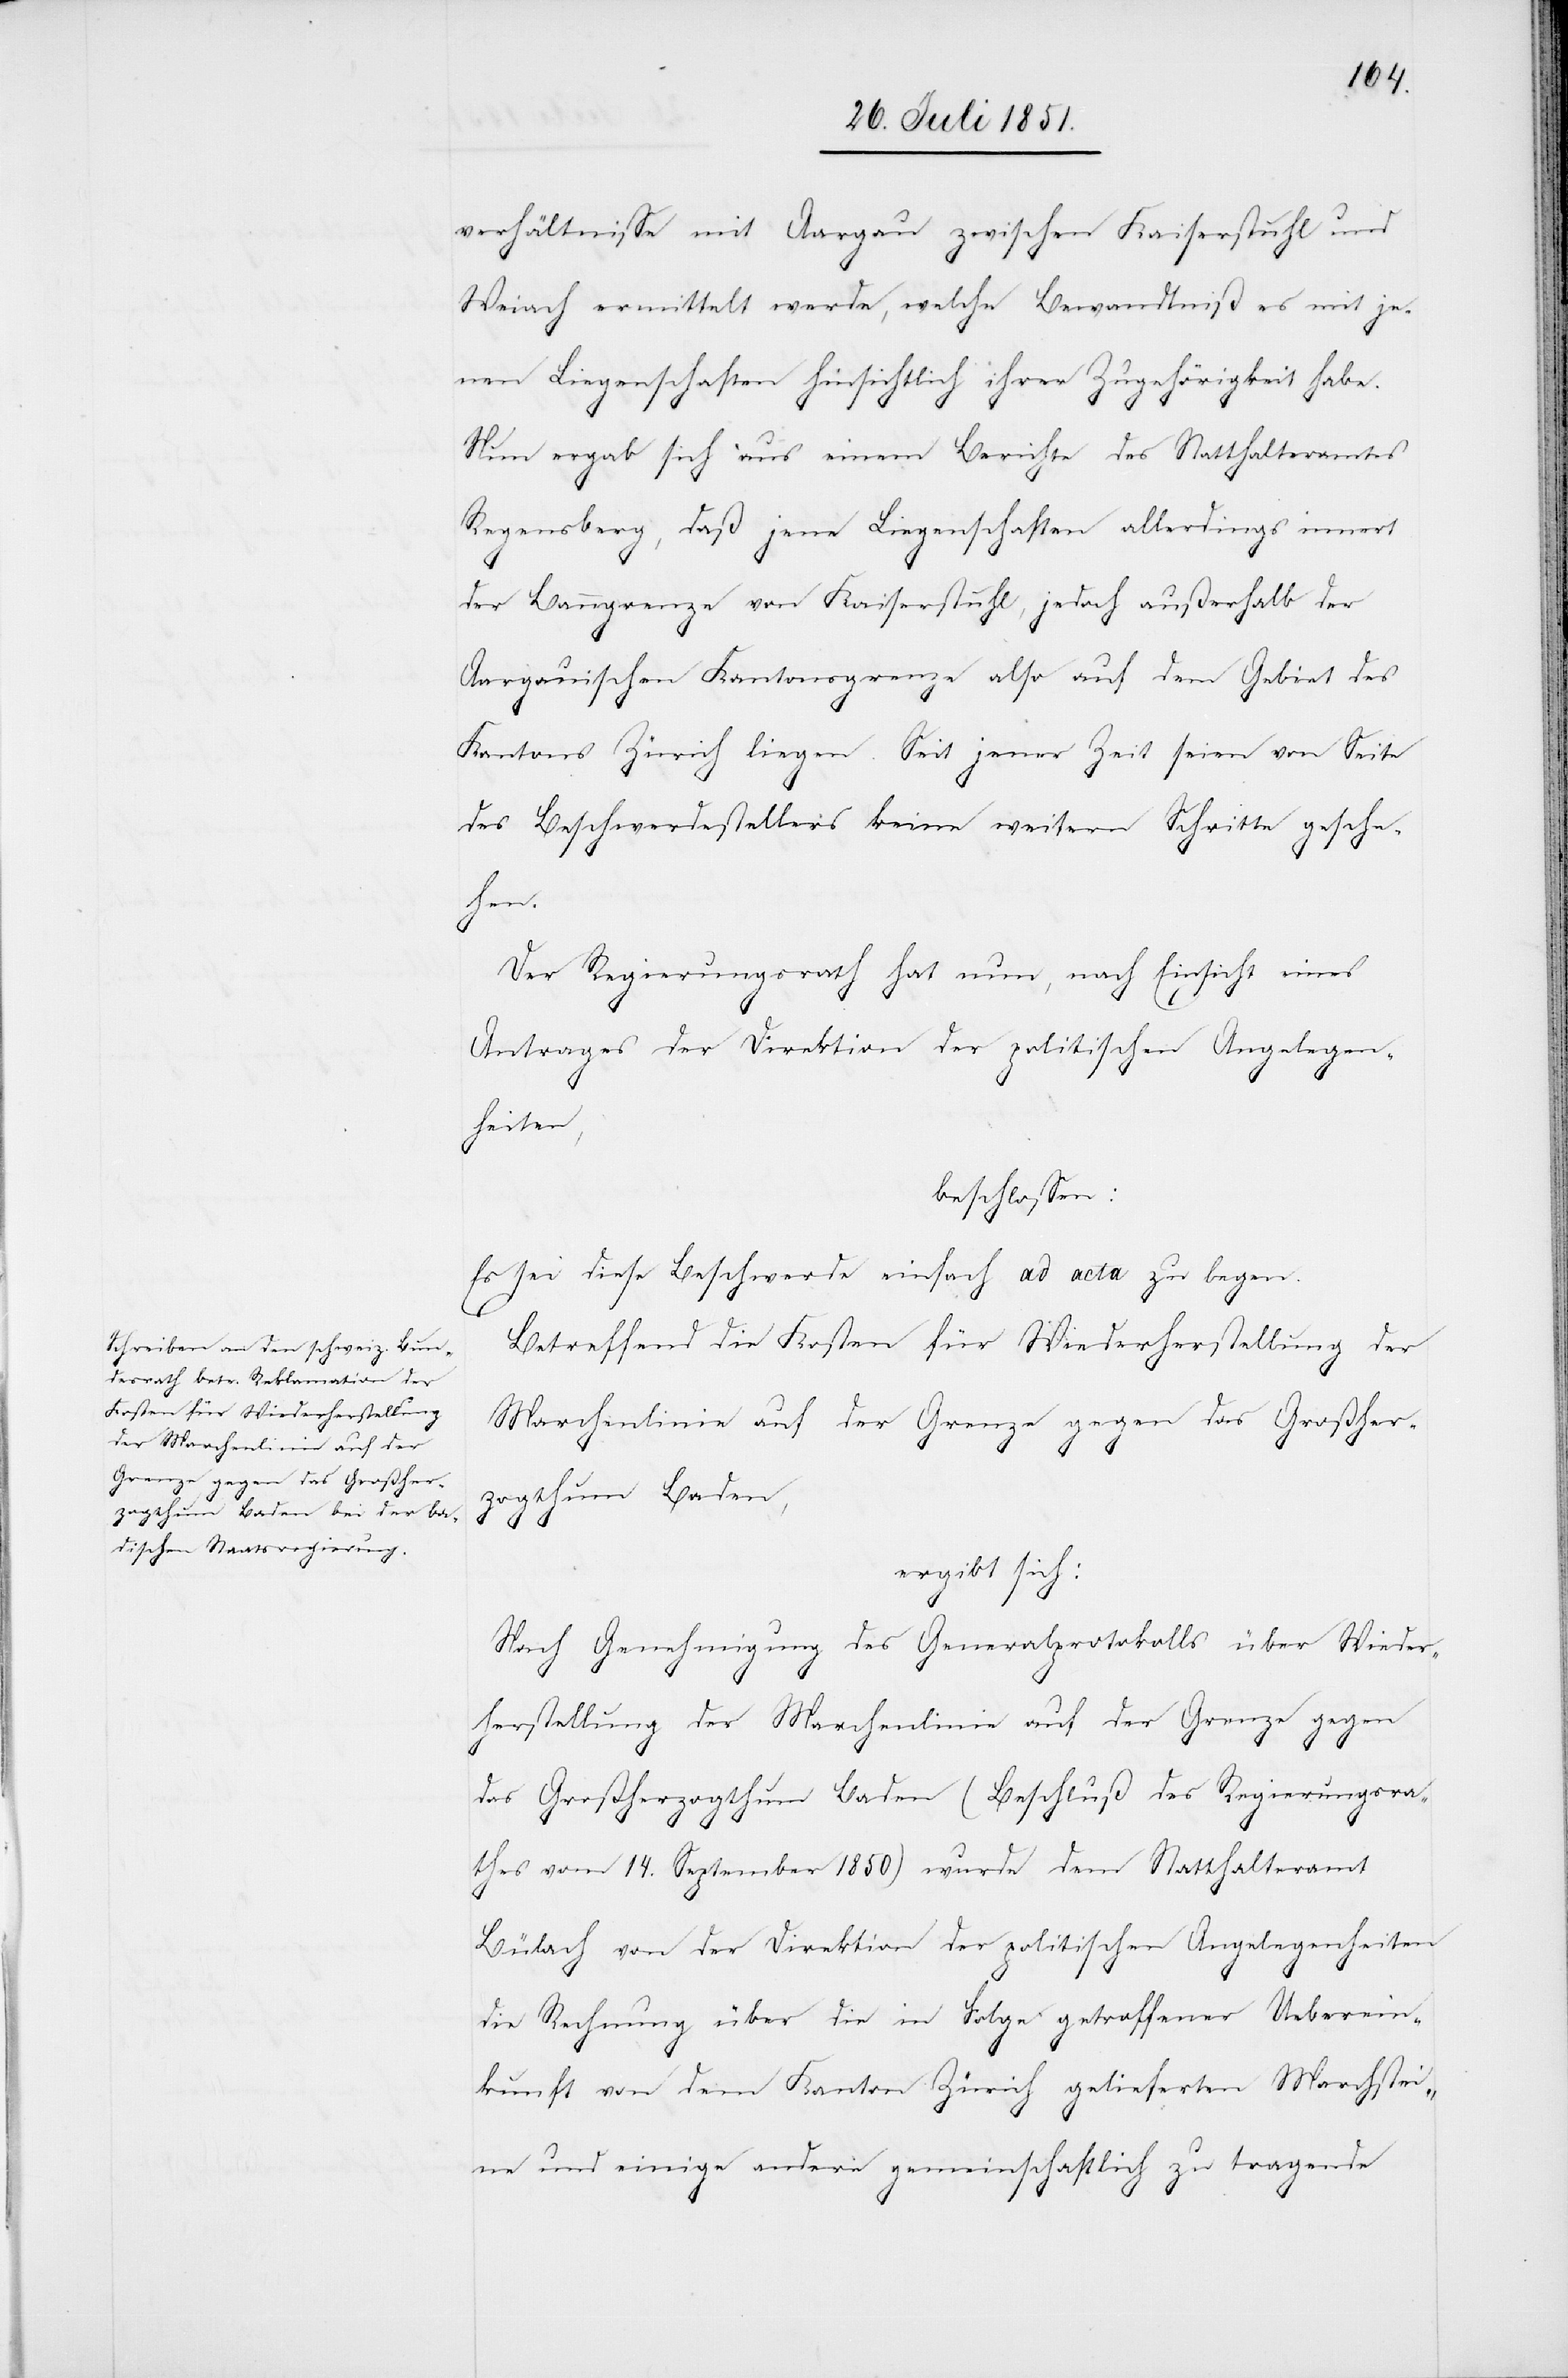
verhältnisse mit Aargau zwischen Kaiserstuhl und
Weiach ermittelt werde, welche Bewandtniß es mit je¬
nen Liegenschaften hinsichtlich ihrer Zugehörigkeit habe.
Nun ergab sich aus einem Berichte des Statthalteramtes
Regensberg, daß jene Liegenschaften allerdings innert
der Banngrenze von Kaiserstuhl, jedoch außerhalb der
Aargauischen Kantonsgrenze also auf dem Gebiet des
Kantons Zürich liegen. Seit jener Zeit seien von Seite
des Beschwerdestellers keine weitern Schritte gesche¬
hen.
Der Regierungsrath hat nun, nach Einsicht eines
Antrages der Direktion der politischen Angelegen¬
heiten,
beschlossen:
Es sei diese Beschwerde einfach ad acta zu legen.
Betreffend die Kosten für Wiederherstellung der
Marchenlinie auf der Grenze gegen das Großher¬
zogthum Baden,
ergibt sich:
Nach Genehmigung des Generalprotokolls über Wieder¬
herstellung der Marchenlinie auf der Grenze gegen
das Großherzogthum Baden (Beschluß des Regierungsra¬
thes vom 14. September 1850) wurde dem Statthalteramt
Bülach von der Direktion der politischen Angelegenheiten
die Rechnung über die in Folge getroffener Ueberein¬
kunft von dem Kanton Zürich gelieferten Marchstei¬
ne und einige andere gemeinschaftlich zu tragende